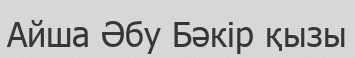
Айша Әбу Бәкір қызы